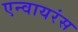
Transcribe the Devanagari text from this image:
एन्वायरंस